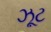
ઝૂટ